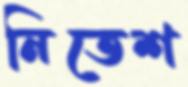
নিতেশ